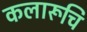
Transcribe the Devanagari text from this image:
कलारूचि